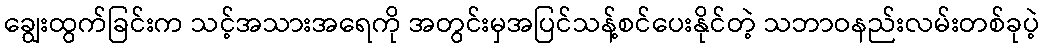
ချွေးထွက်ခြင်းက သင့်အသားအရေကို အတွင်းမှအပြင်သန့်စင်ပေးနိုင်တဲ့ သဘာဝနည်းလမ်းတစ်ခုပဲ့